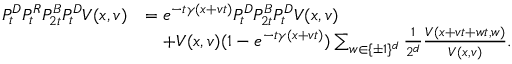
\begin{array} { r l } { P _ { t } ^ { D } P _ { t } ^ { R } P _ { 2 t } ^ { B } P _ { t } ^ { D } V ( x , v ) } & { = e ^ { - t \gamma ( x + v t ) } P _ { t } ^ { D } P _ { 2 t } ^ { B } P _ { t } ^ { D } V ( x , v ) } \\ & { \quad + V ( x , v ) ( 1 - e ^ { - t \gamma ( x + v t ) } ) \sum _ { w \in \{ \pm 1 \} ^ { d } } \frac { 1 } { 2 ^ { d } } \frac { V ( x + v t + w t , w ) } { V ( x , v ) } . } \end{array}